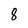
Character: 8